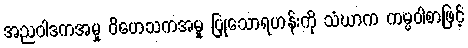
အညဝါဒကအမှု ဝိဟေသကအမှု ပြုသောရဟန်းကို သံဃာက ကမ္မဝါစာဖြင့်